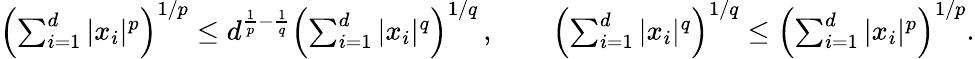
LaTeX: \begin{array}{r}{\left(\sum_{i=1}^{d}|x_{i}|^{p}\right)^{1/p}\leq d^{\frac{1}{p}-\frac{1}{q}}\left(\sum_{i=1}^{d}|x_{i}|^{q}\right)^{1/q}\, ,\qquad\left(\sum_{i=1}^{d}|x_{i}|^{q}\right)^{1/q}\leq\left(\sum_{i=1}^{d}|x_{i}|^{p}\right)^{1/p}.}\end{array}